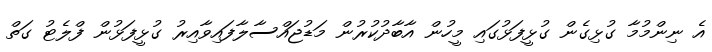
އެ ނިންމުމާ ގުޅިގެން ގުޅީފަޅުގައި މީހުން އާބާދުކުރުން މަޑުޖައްސާލާފައިވާއިރު ގުޅީފަޅުން ފްލެޓު ގަތް